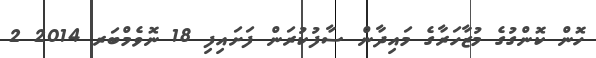
ހޮން ކޮންގުގެ މުޒާހަރާގެ މައިދާން ސާފުކުރަން ފަށައިފި 18 ނޮވެމްބަރ 2014 2